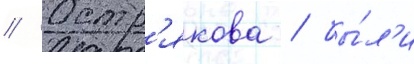
// Остр'якова / бы́л'и